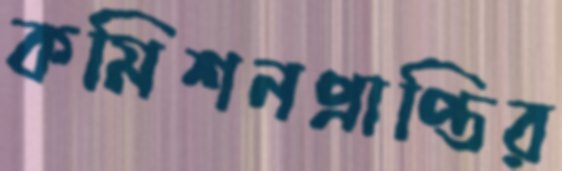
কমিশনপ্রাপ্তির